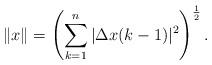
LaTeX: \begin{align*}\left\Vert x\right\Vert =\left( \sum\limits_{k=1}^{n}|{\Delta }x(k-1)|^{2}\right) ^{\frac{1}{2}}. \end{align*}